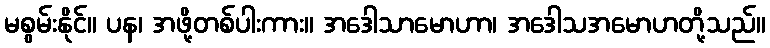
မစွမ်းနိုင်။ ပန၊ အဖို့တစ်ပါးကား။ အဒေါသာမောဟာ၊ အဒေါသအမောဟတို့သည်။